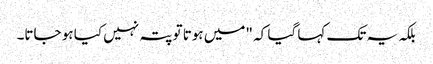
بلکہ یہ تک کہا گیا کہ "میں ہوتا تو پتہ نہیں کیا ہو جاتا۔